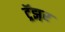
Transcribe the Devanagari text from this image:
ट्रॅझ़र